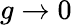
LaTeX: g\to 0